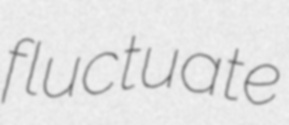
fluctuate